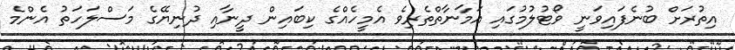
އިތުރަށް ބުނެފައިވަނީ ވޯޓުލުމުގައި އަމާނާތްތެރިވެ އެމީހެއްގެ ކިބައިން ދީނާއި ދުނިޔޭގެ މަސްލަހަތު އެންމެ